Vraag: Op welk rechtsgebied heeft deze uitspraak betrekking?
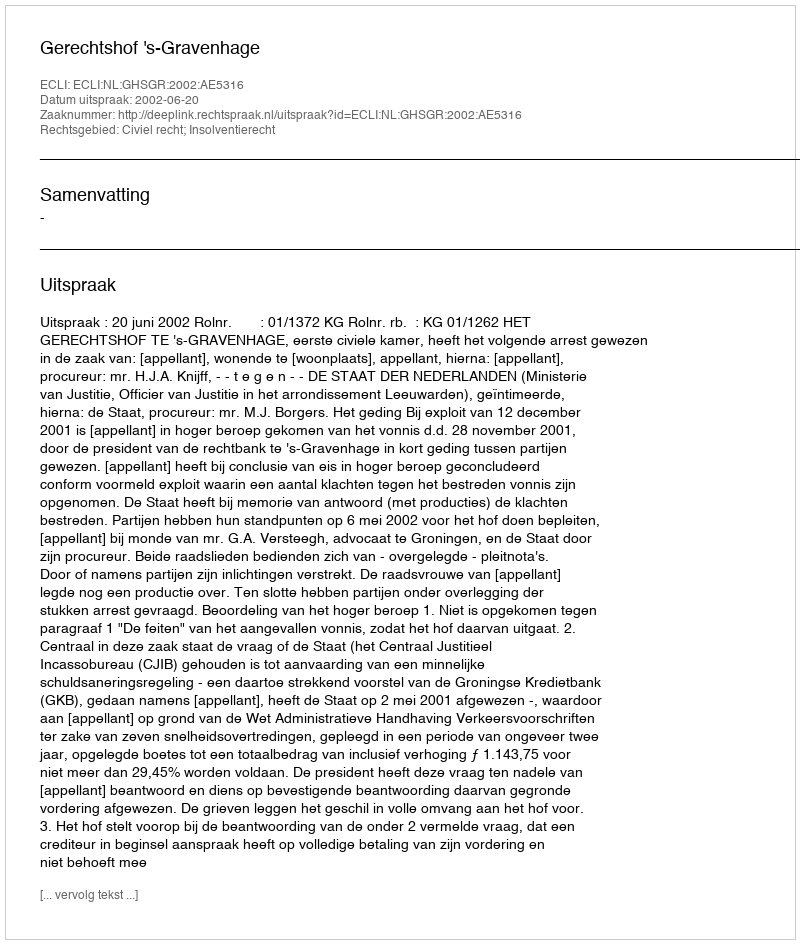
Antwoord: Civiel recht; Insolventierecht